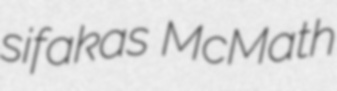
sifakas McMath